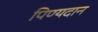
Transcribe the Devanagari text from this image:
पिण्यदान